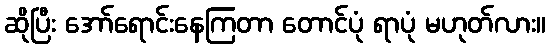
ဆိုပြီး အော်ရောင်းနေကြတာ တောင်ပုံ ရာပုံ မဟုတ်လား။